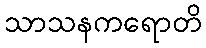
သာသနကရောတိ